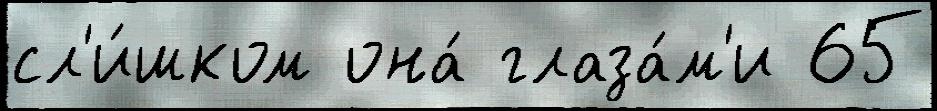
сл'и́шком она́ глаза́м'и 65